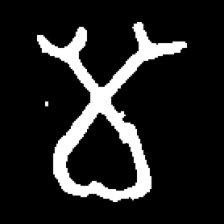
Pyu character \u2014 Myanmar letter: မ (romanized: ma)